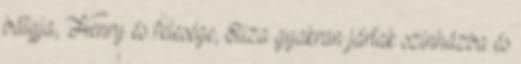
bátyja, Henry és felesége, Eliza gyakran jártak színházba és